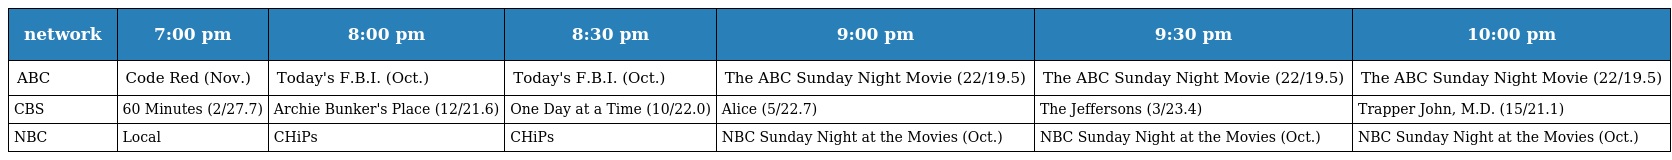
| network | 7:00 pm | 8:00 pm | 8:30 pm | 9:00 pm | 9:30 pm | 10:00 pm |
 | --- | --- | --- | --- | --- | --- | --- |
 | ABC | Code Red (Nov.) | Today's F.B.I. (Oct.) | Today's F.B.I. (Oct.) | The ABC Sunday Night Movie (22/19.5) | The ABC Sunday Night Movie (22/19.5) | The ABC Sunday Night Movie (22/19.5) |
 | CBS | 60 Minutes (2/27.7) | Archie Bunker's Place (12/21.6) | One Day at a Time (10/22.0) | Alice (5/22.7) | The Jeffersons (3/23.4) | Trapper John, M.D. (15/21.1) |
 | NBC | Local | CHiPs | CHiPs | NBC Sunday Night at the Movies (Oct.) | NBC Sunday Night at the Movies (Oct.) | NBC Sunday Night at the Movies (Oct.) |